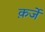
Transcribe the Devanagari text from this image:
क़र्जे